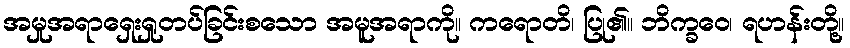
အမှုအရာရှေးရှုတပ်ခြင်းစသော အမူအရာကို။ ကရောတိ၊ ပြု၏။ ဘိက္ခဝေ၊ ရဟန်းတို့။